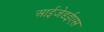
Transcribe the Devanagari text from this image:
आईजेडईएस